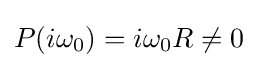
P(i\omega _{0})=i\omega _{0}R\neq 0